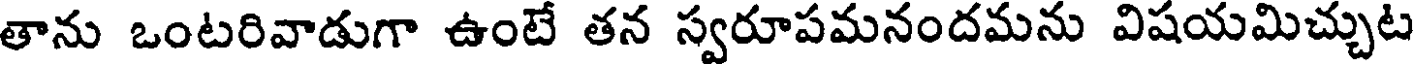
తాను ఒంటరివాడుగా ఉంటే తన స్వరూపమనందమను విషయమిచ్చుట